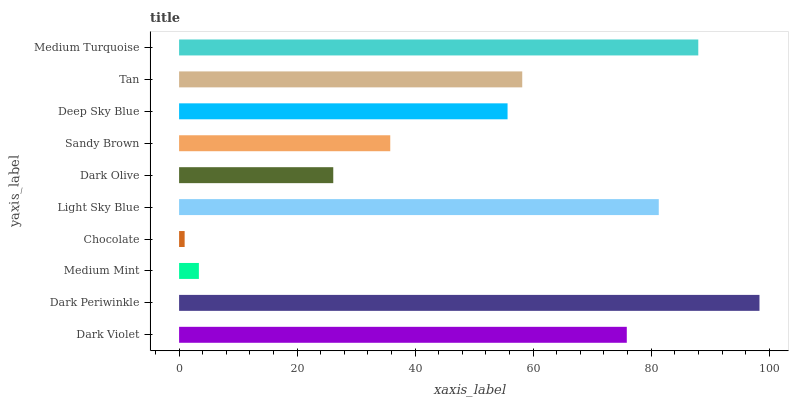
| yaxis_label | bars |
 | --- | --- |
 | Dark Violet | 75.9 |
 | Dark Periwinkle | 98.4 |
 | Medium Mint | 3.35 |
 | Chocolate | 0.94 |
 | Light Sky Blue | 81.3 |
 | Dark Olive | 26.1 |
 | Sandy Brown | 35.8 |
 | Deep Sky Blue | 55.7 |
 | Tan | 58.1 |
 | Medium Turquoise | 88 |